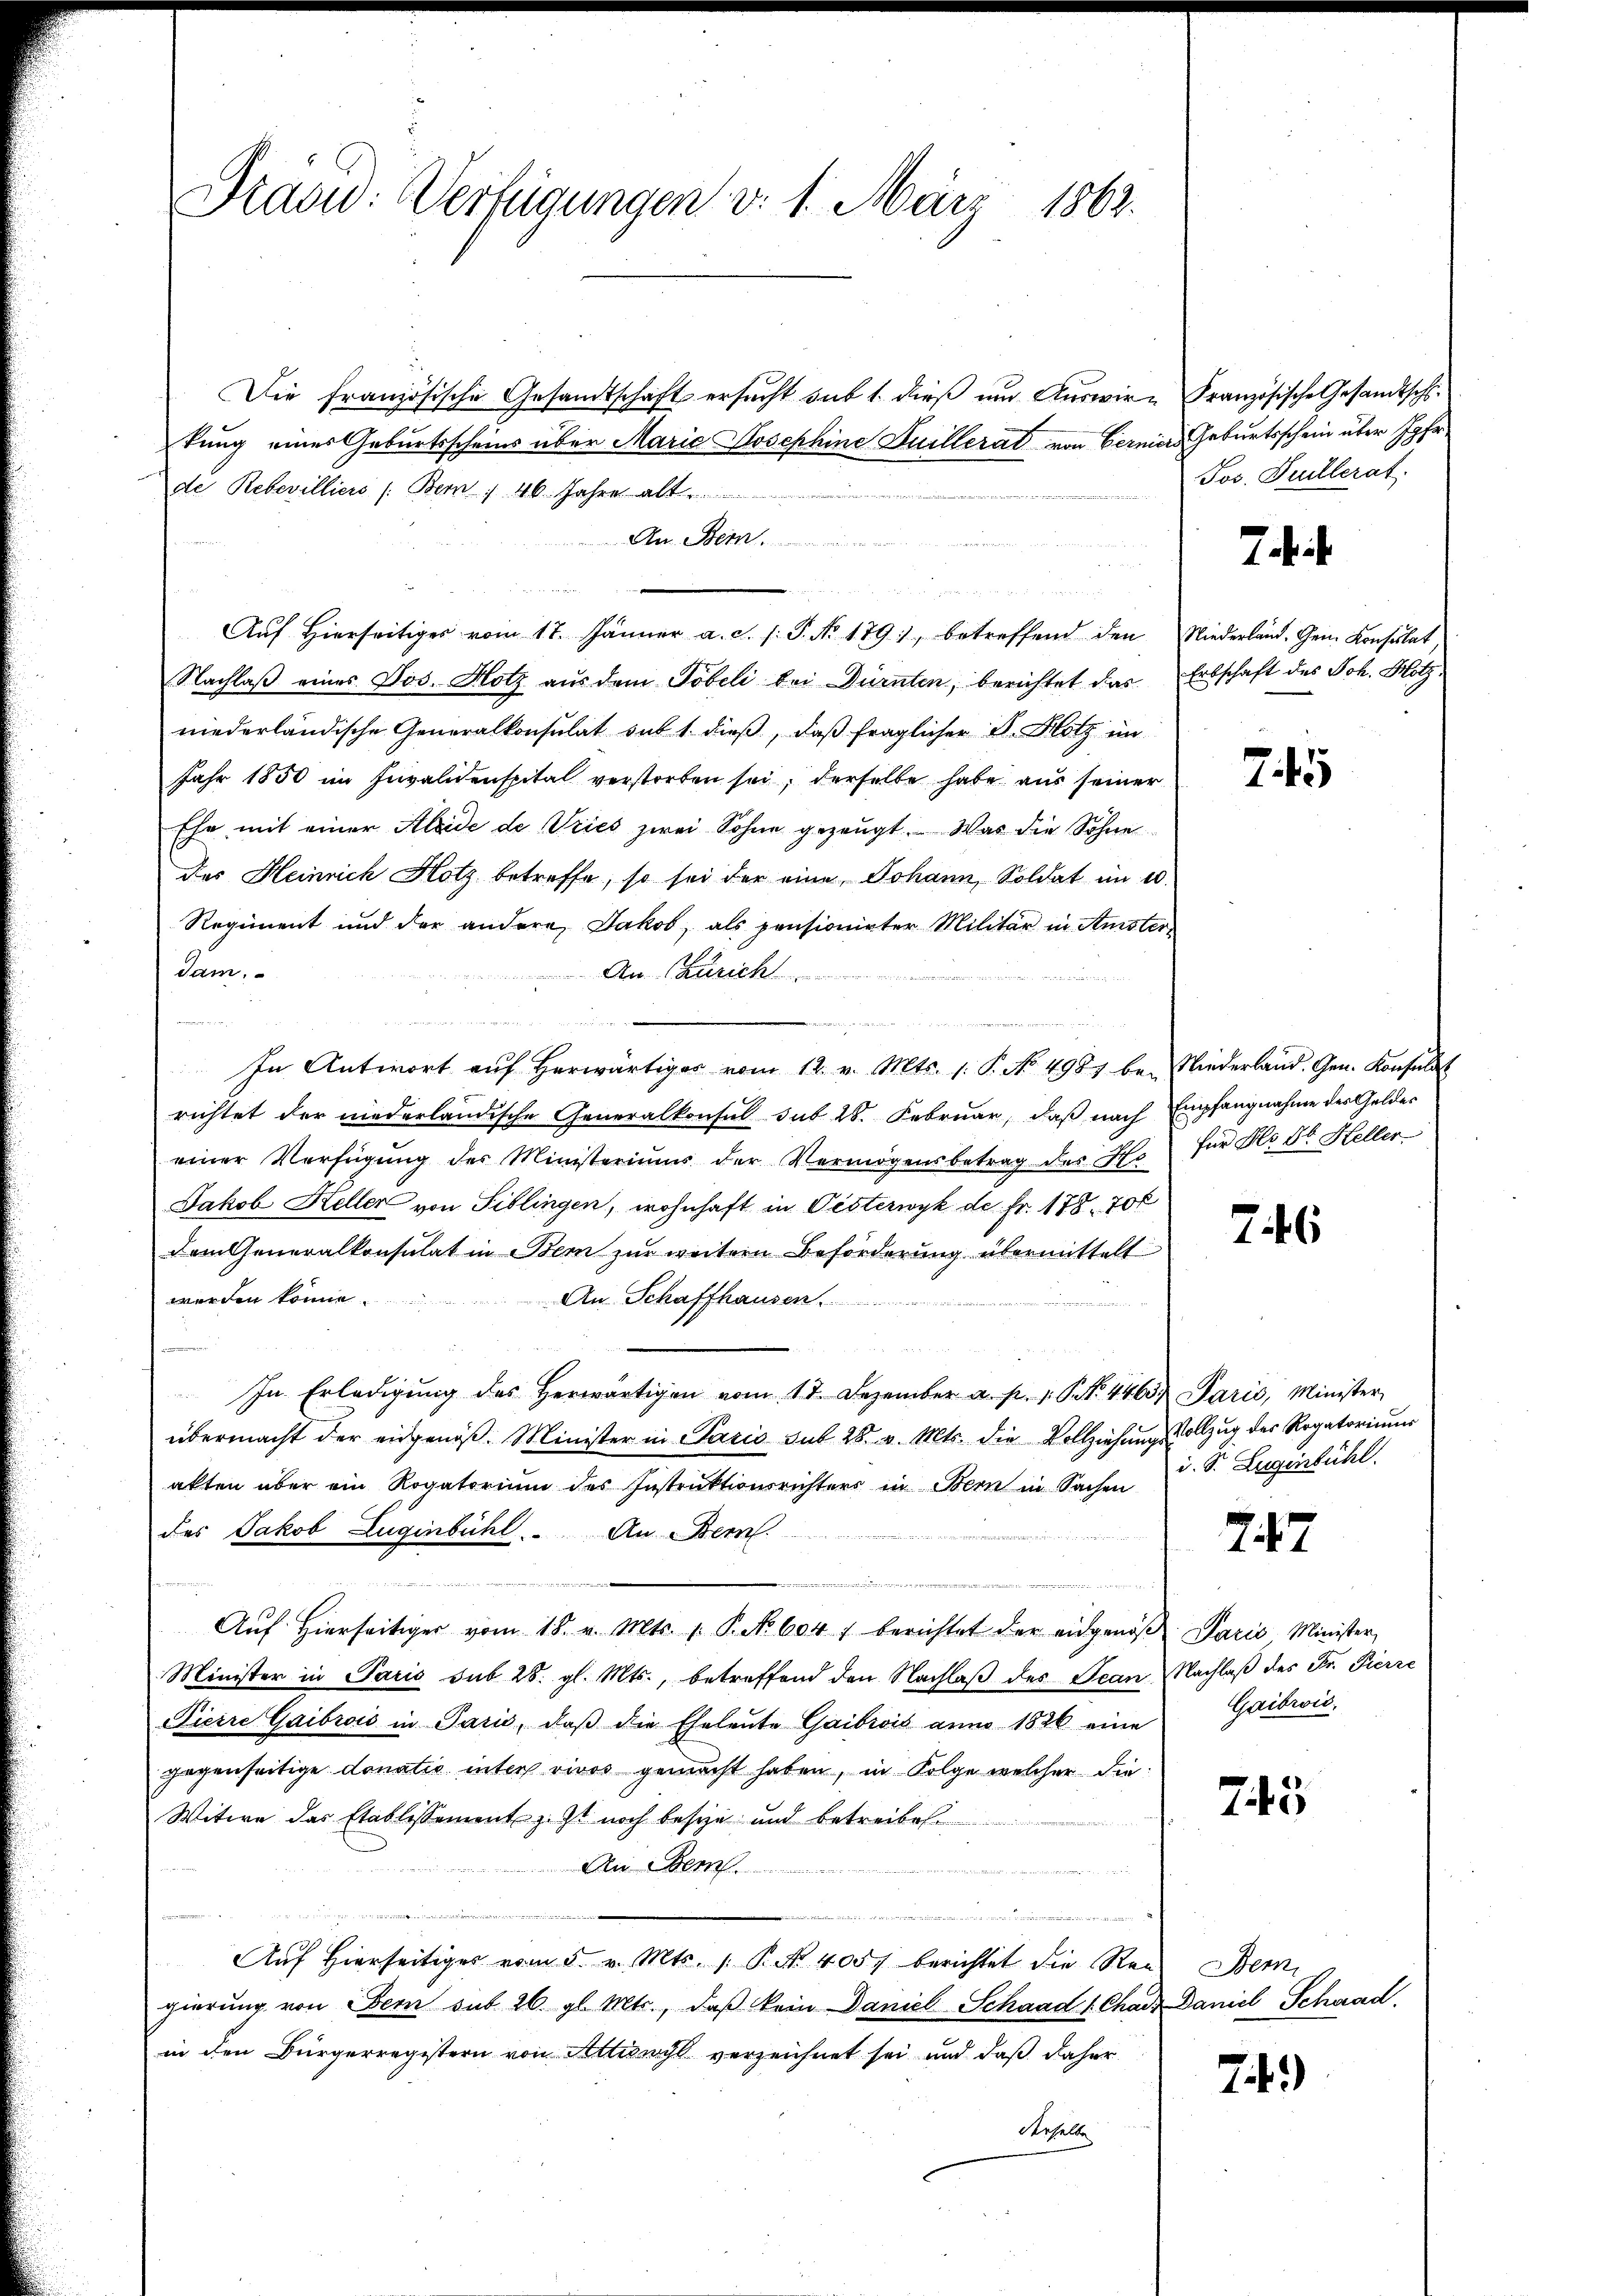
Drad: Verfügungen v. 1. März 1862.

Die französische Gesandtschaft ersucht sub 1. dieß und Auswir- Französische Gesandtschkung eines Geburtsscheins über Maria Josephine Guillerat von Berniers Geburtsschein über Jgfr
de Rebewilliers (Bern 46. Jahre alt
Der Stern
Aŭf Hierseitiges vom 17. Jänner a. c. s. P. No 179, betreffend den Niederland. Gem. Konsulat
Nachlaß eines Jos. Hotz aus dem Töbeli bei Dürnten, berichtet das Erbschaft des Joh. Hotz
niederländische Generalkonsulat auf 1. dieβ, daß fraglicher B. Hotz in
Jahr 1850 im Invalidenspital verstorben sei, derselbe habe aus seiner
Ehr mit einer Kleide de Vries zwei Sohne gezeugt. Was die Söhne
Des Heinrich Hotz betreffe, so sei der eine Johann, Soldat im 20.
Regiment und der andere Jakob, als pensionirter Militär in Amster-
dam.
An Zürich

In Antwort aŭf herwärtiges vom 12. v. Mts. 1. P. No. 4987 bei Niederland. Gen. Konsulat
richtet der niederländische Generalkonsul sub 28. Februar, daβ nach Empfangnahme des Geldes
einer Verfügŭng der Ministeriums der Vermögensbetrag des Ehe für Hr. Fr. Heller
Jakob Heller von Tiblingen, wohnhaft in Oesterwyk de fr. 178. 70 f
dem Generalkonsulat in Bern zur weitern Beförderung übermittelt
werden könne
An Schaffhausen.
.
In Erledigŭng des herwärtigen vom 17. Dezember a. p. 1 S. 4463 Paris, Minister
übermacht der eidgenöβ. Minister in Paris sub 28. v. Mts. die Vollziehŭng vollzŭg des Rogatoriŭms
akten über ein Rogatorium des Instruktionsrichters in Bern in Sachen
des Jakob Luginbühl. An Bern.
e
Aŭf Hierseitiger vom 18. v. Mts. 1. P. No. 604 f berichtet der eidgenos Paris Minister,
Minister in Paris sub 28. gl. Mts., betreffend den Nachlaß des Jean Nachlaß des Fr. Fierze
Picire Gaibrois in Paris, daβ die Eheleŭte Gaibrois anno 1826 eine Gaibrić,
gegenseitige donatio inter vivos gemacht haben, in Folge welcher die
Witwe das Etablissement ist noch beste und betreibe
An Bem
u
u
Auf hierseitiges vom 5. v. Mts. 1. P. Nr. 400 f berichtet die Reue Bern
gierŭng von Bern sub 26. gl. Mts., daβ kein Daniel Schaad 1. Chadr Daniel Schwad.
in den Bürgerregistern von Attiswyl verzeichnet sei und daß daher
derselbe

Jos. Tuillerat.

Jah

745

746

i. S. Lugenbühl.

747

745

74)